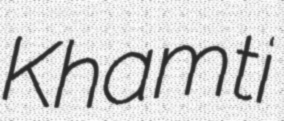
Khamti